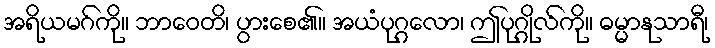
အရိယမဂ်ကို။ ဘာဝေတိ၊ ပွားစေ၏။ အယံပုဂ္ဂလော၊ ဤပုဂ္ဂိုလ်ကို။ ဓမ္မာနုသာရီ၊